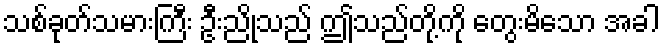
သစ်ခုတ်သမားကြီး ဦးညိုသည် ဤသည်တို့ကို တွေးမိသော အခါ